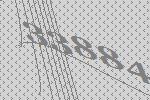
33884